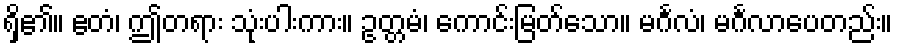
ရှိ၏။ ဧတံ၊ ဤတရား သုံးပါးကား။ ဥတ္တမံ၊ ကောင်းမြတ်သော။ မင်္ဂလံ၊ မင်္ဂလာပေတည်း။